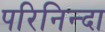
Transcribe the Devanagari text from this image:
परिनिन्दा